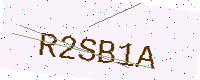
Text: R2SB1A